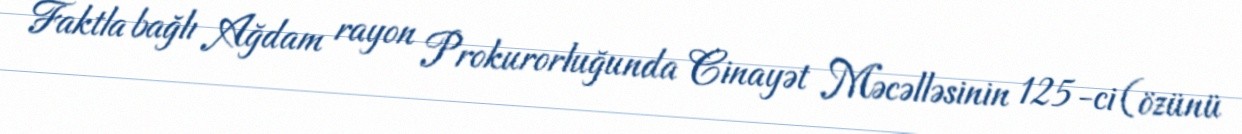
Faktla bağlı Ağdam rayon Prokurorluğunda Cinayət Məcəlləsinin 125-ci (özünü